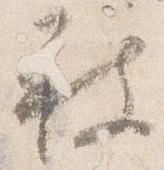
被